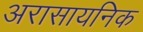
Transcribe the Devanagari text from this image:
अरासायनिक